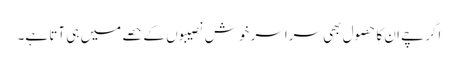
اگرچے ان کا حصول بھی سراسر خوش نصیبوں کے حصے میں ہی آتا ہے۔